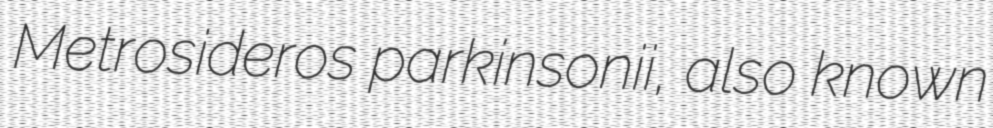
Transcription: Metrosideros parkinsonii, also known